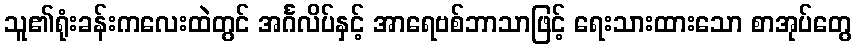
သူ၏ရုံးခန်းကလေးထဲတွင် အင်္ဂလိပ်နှင့် အာရေဗစ်ဘာသာဖြင့် ရေးသားထားသော စာအုပ်တွေ